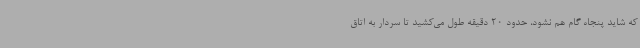
که شاید پنجاه گام هم نشود، حدود 20 دقیقه طول می‌کشید تا سردار به اتاق